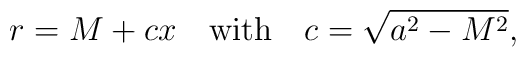
r=M+cx\quad\mbox{with}\quad c=\sqrt{a^2-M^2},